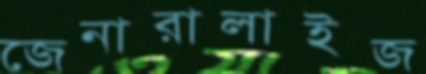
জেনারালাইজ